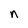
Character: n